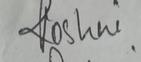
Signature authenticity: genuine